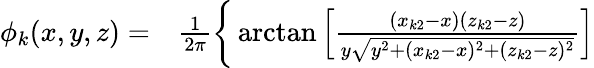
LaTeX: \begin{array}{rl}{\phi_{k}(x,y,z)=}&{{}\frac{1}{2\pi}\bigg\{ \arctan\left[\frac{(x_{k2}-x)(z_{k2}-z)}{y\sqrt{y^{2}+(x_{k2}-x)^{2}+(z_{k2}-z)^{2}}}\right]}\end{array}